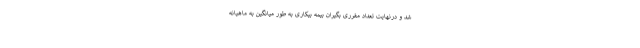
شد و درنهایت تعداد مقرری بگیران بیمه بیکاری به طور میانگین به ماهیانه